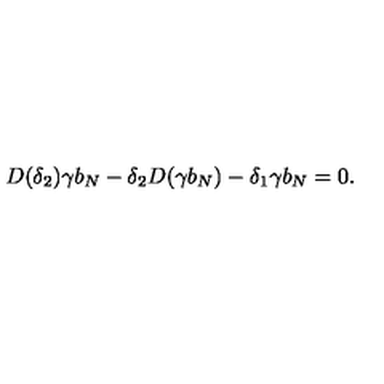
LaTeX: D ( \delta _ { 2 } ) \gamma b _ { N } - \delta _ { 2 } D ( \gamma b _ { N } ) - \delta _ { 1 } \gamma b _ { N } = 0 .